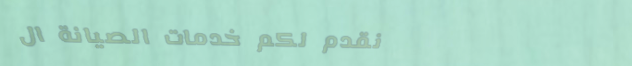
نقدم لكم خدمات الصيانة ال